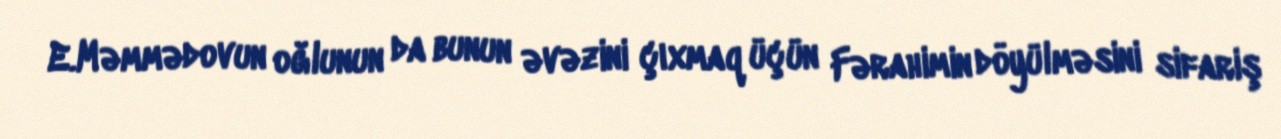
E.Məmmədovun oğlunun da bunun əvəzini çıxmaq üçün Fərahimin döyülməsini sifariş